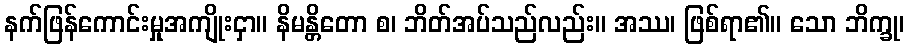
နက်ဖြန်ကောင်းမှုအကျိုးငှာ။ နိမန္တိတော စ၊ ဘိတ်အပ်သည်လည်း။ အဿ၊ ဖြစ်ရာ၏။ သော ဘိက္ခု၊